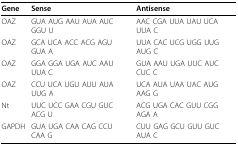
<table><thead><tr><td><b>Gene</b></td><td><b>Sense</b></td><td><b>Antisense</b></td></tr></thead><tbody><tr><td>OAZ</td><td>GUA AUG AAU AUA AUC GGU U</td><td>AAC CGA UUA UAU UCA UUA C</td></tr><tr><td>OAZ</td><td>GCA UCA ACC ACG AGU GUA A</td><td>UUA CAC UCG UGG UUG AUG C</td></tr><tr><td>OAZ</td><td>GGA GGA UGA AUC AAU UUA C</td><td>GUA AAU UGA UUC AUC CUC C</td></tr><tr><td>OAZ</td><td>CCU UCA UGU AUU AUA UUG A</td><td>UCA AUA UAA UAC AUG AAG G</td></tr><tr><td>Nt</td><td>UUC UCC GAA CGU GUC ACG U</td><td>ACG UGA CAC GUU CGG AGA A</td></tr><tr><td>GAPDH</td><td>GUA UGA CAA CAG CCU CAA G</td><td>CUU GAG GCU GUU GUC AUA C</td></tr></tbody></table>